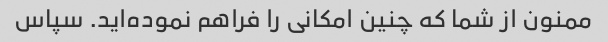
ممنون از شما که چنین امکانی را فراهم نموده‌اید. سپاس